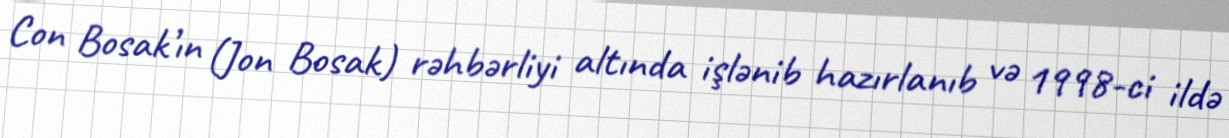
Con Bosak’ın (Jon Bosak) rəhbərliyi altında işlənib hazırlanıb və 1998-ci ildə